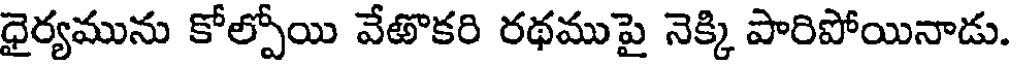
ధైర్యమును కోల్పోయి వేతొకరి రథముపై నెక్కి పారిపోయినాడు.